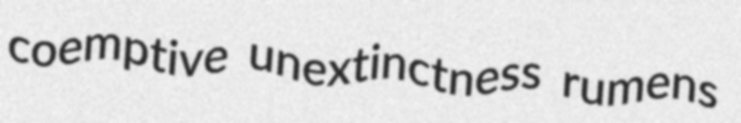
coemptive unextinctness rumens